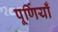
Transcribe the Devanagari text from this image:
पूर्णियाँ